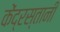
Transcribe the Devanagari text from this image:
केंद्रस्तानी